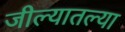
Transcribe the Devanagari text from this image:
जील्यातल्या